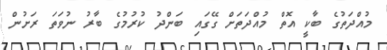
މުއްދަތުގެ ބާކީ އޮތް މުއްދަތަށް ގޭގައި ބަންދު ކުރުމުގެ ބާރު ނުވަތަ ރަށުން